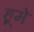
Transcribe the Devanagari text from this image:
हूमें